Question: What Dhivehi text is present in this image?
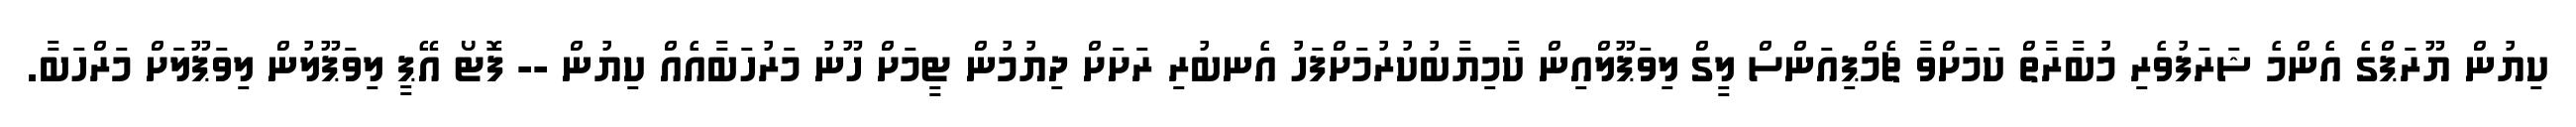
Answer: ކިޔުން ޔޫރަޕްގެ އެންމެ ޝަރަފުވެރި މުބާރާތް ކަމަށްވާ ޗެމްޕިއަންސް ލީގް ލިވަޕޫލްއިން ކާމިޔާބުކުރުމަށްފަހު އެނބުރި ރަށަށް ދިޔުމުން ޓީމަށް ހޫނު މަރުހަބާއެއް ކިޔުން -- ފޮޓޯ އޭޕީ ލިވަޕޫލުން ލިވަޕޫލަށް މަރްހަބާ.